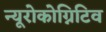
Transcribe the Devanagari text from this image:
न्यूरोकोग्निटिव